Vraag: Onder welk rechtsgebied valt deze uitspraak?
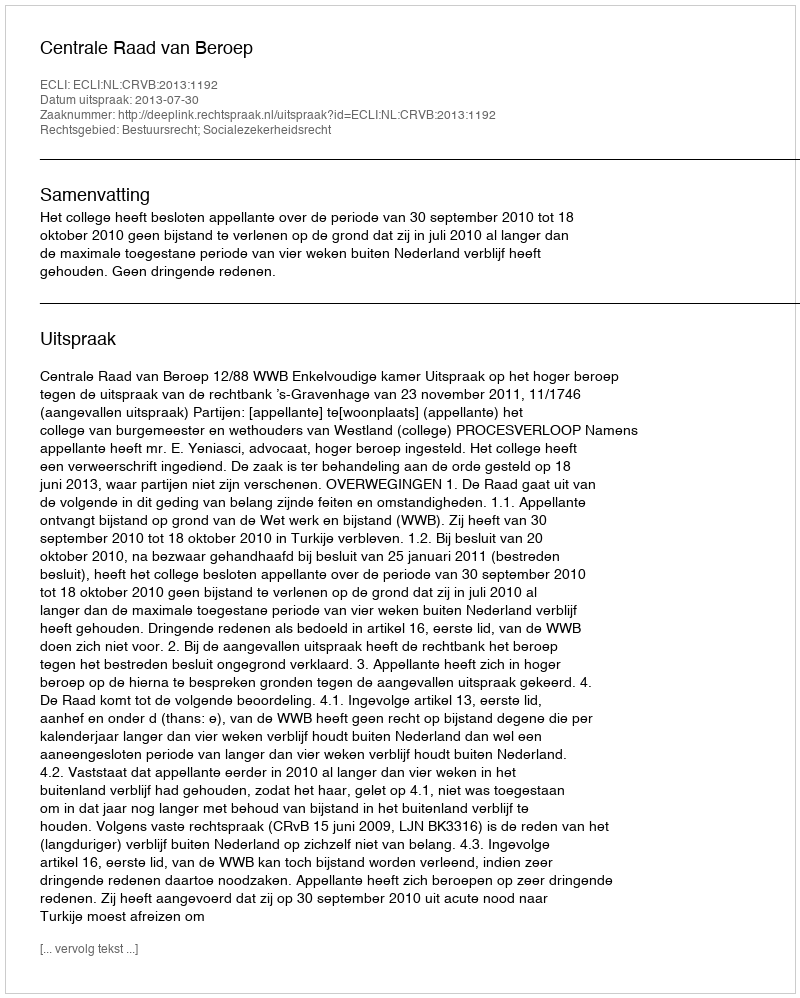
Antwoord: Bestuursrecht; Socialezekerheidsrecht